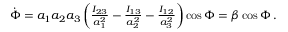
\begin{array} { r } { \dot { \Phi } = a _ { 1 } a _ { 2 } a _ { 3 } \left( \frac { I _ { 2 3 } } { a _ { 1 } ^ { 2 } } - \frac { I _ { 1 3 } } { a _ { 2 } ^ { 2 } } - \frac { I _ { 1 2 } } { a _ { 3 } ^ { 2 } } \right) \cos \Phi = \beta \cos \Phi \mathrm { \, . } } \end{array}